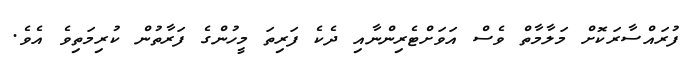
ފުރައްސާރަކޮށް މަލާމާތް ވެސް އަވަށްޓެރިންނާއި ދެކެ ފަރިތަ މީހުންގެ ފަރާތުން ކުރިމަތިވެ އެވެ.